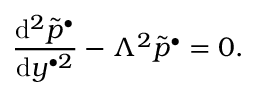
\frac { \mathrm { d } ^ { 2 } \widetilde { p } ^ { \bullet } } { \mathrm { d } y ^ { \bullet 2 } } - \Lambda ^ { 2 } \widetilde { p } ^ { \bullet } = 0 .